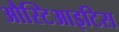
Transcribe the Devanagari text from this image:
औस्टिआइटिस